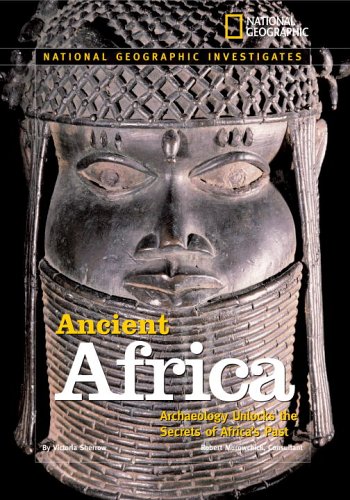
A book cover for National Geographic Investigates: Ancient Africa: Archaeology Unlocks the Secrets of Africa's Past; Victoria Sherrow; Children's Books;